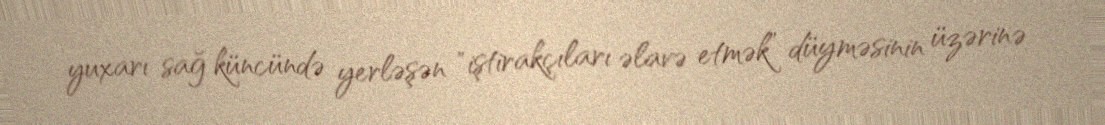
yuxarı sağ küncündə yerləşən "iştirakçıları əlavə etmək” düyməsinin üzərinə